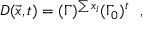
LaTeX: D ( \vec { x } , t ) = ( \Gamma ) ^ { \sum x _ { i } } ( \Gamma _ { 0 } ) ^ { t } ~ ~ ,